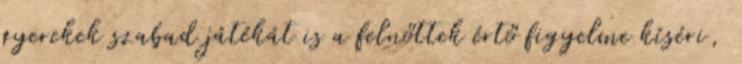
gyerekek szabad játékát is a felnőttek értő figyelme kíséri,